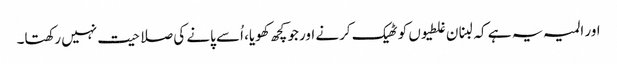
اور المیہ یہ ہے کہ لبنان غلطیوں کو ٹھیک کرنے اور جو کچھ کھویا، اُسے پانے کی صلاحیت نہیں رکھتا۔